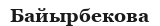
Байырбекова